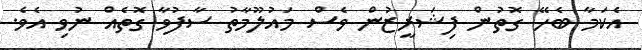
އެކަމާ ބެހޭ ގޮތުން ފިޝަރީޒުން ވެސް މައުލޫމާތު ސާފުވާ ގޮތެއް ނުވި އެވެ.